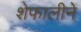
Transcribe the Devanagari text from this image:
शेफालीने